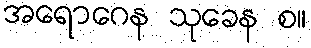
အရောဂေန သုခေန စ။